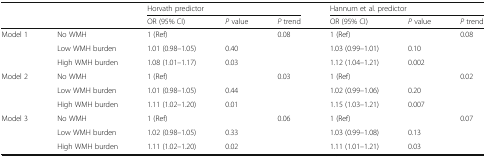
<table><thead><tr><td></td><td></td><td colspan="3"><b>Horvath predictor</b></td><td colspan="3"><b>Hannum et al. predictor</b></td></tr><tr><td></td><td></td><td><b>OR (95% CI)</b></td><td><b><i>P</i> value</b></td><td><b><i>P</i> trend</b></td><td><b>OR (95% CI)</b></td><td><b><i>P</i> value</b></td><td><b><i>P</i> trend</b></td></tr></thead><tbody><tr><td rowspan="3">Model 1</td><td>No WMH</td><td>1 (Ref)</td><td></td><td rowspan="3">0.08</td><td>1 (Ref)</td><td></td><td rowspan="3">0.08</td></tr><tr><td>Low WMH burden</td><td>1.01 (0.98–1.05)</td><td>0.40</td><td>1.03 (0.99–1.01)</td><td>0.10</td></tr><tr><td>High WMH burden</td><td>1.08 (1.01–1.17)</td><td>0.03</td><td>1.12 (1.04–1.21)</td><td>0.002</td></tr><tr><td rowspan="3">Model 2</td><td>No WMH</td><td>1 (Ref)</td><td></td><td rowspan="3">0.03</td><td>1 (Ref)</td><td></td><td rowspan="3">0.02</td></tr><tr><td>Low WMH burden</td><td>1.01 (0.98–1.05)</td><td>0.44</td><td>1.02 (0.99–1.06)</td><td>0.20</td></tr><tr><td>High WMH burden</td><td>1.11 (1.02–1.20)</td><td>0.01</td><td>1.15 (1.03–1.21)</td><td>0.007</td></tr><tr><td rowspan="3">Model 3</td><td>No WMH</td><td>1 (Ref)</td><td></td><td rowspan="3">0.06</td><td>1 (Ref)</td><td></td><td rowspan="3">0.07</td></tr><tr><td>Low WMH burden</td><td>1.02 (0.98–1.05)</td><td>0.33</td><td>1.03 (0.99–1.08)</td><td>0.13</td></tr><tr><td>High WMH burden</td><td>1.11 (1.02–1.20)</td><td>0.02</td><td>1.11 (1.01–1.21)</td><td>0.03</td></tr></tbody></table>